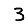
Digit: 3